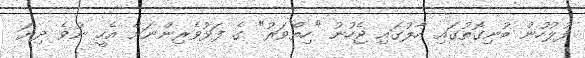
ފުލުހުން ބުނިގޮތުގައި ހާލުގައި ޖެހުނު "ހިތްވަރު" ގެ ފަޅުވެރިންނަށް އެހީ ނުވެ ދިޔަ